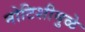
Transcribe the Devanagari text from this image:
नोटिशीमुळे